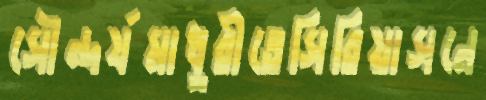
সৌন্দর্যমাধুরীতেসিরিয়াসনে